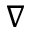
\nabla